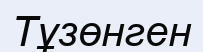
Тұзөнген